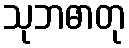
သုဘဓာတု